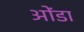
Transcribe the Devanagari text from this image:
ओंडा